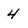
Character: 4